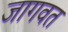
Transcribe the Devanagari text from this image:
जागवत